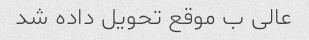
عالی ب موقع تحویل داده شد